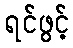
ရင်ဖွင့်